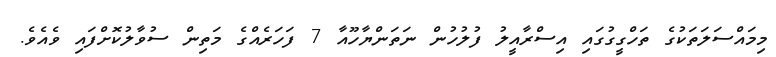
މިމައްސަލަތަކުގެ ތަހްގީގުގައި އިސްރާއީލު ފުލުހުން ނަތަންޔާހޫއާ 7 ފަހަރެއްގެ މަތިން ސުވާލުކޮށްފައި ވެއެވެ.